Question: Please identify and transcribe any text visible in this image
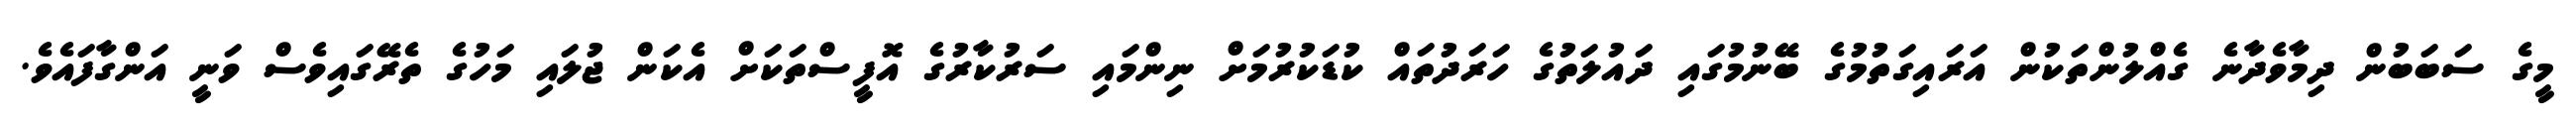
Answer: މީގެ ސަބަބުން ދިމާވެދާނެ ގެއްލުންތަކުން އަރައިގަތުމުގެ ބޭނުމުގައި ދައުލަތުގެ ހަރަދުތައް ކުޑަކުރުމަށް ނިންމައި ސަރުކާރުގެ އޮފީސްތަކަށް އެކަން ޖުލައި މަހުގެ ތެރޭގައިވެސް ވަނީ އަންގާފައެވެ.